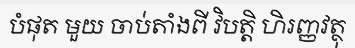
បំផុត មួយ ចាប់តាំងពី វិបត្តិ ហិរញ្ញវត្ថុ